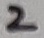
Text: 2